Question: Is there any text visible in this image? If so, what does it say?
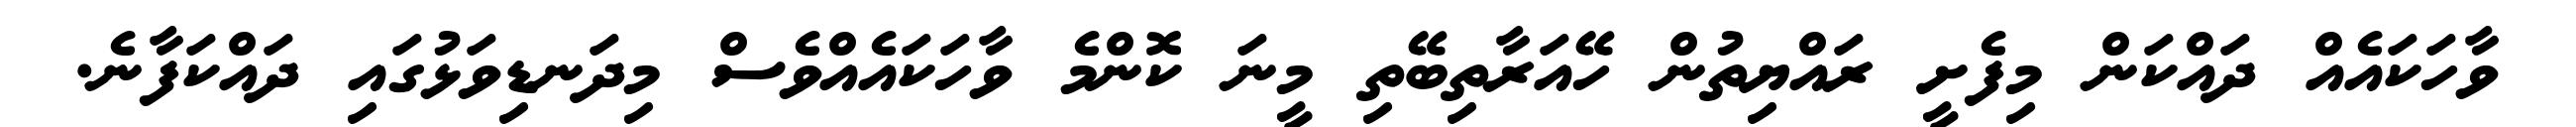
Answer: ވާހަކައެއް ދައްކަން މިފެށީ ރައްޔިތުން ހޭއަރާތިބޭތި މީނަ ކޮންމެ ވާހަކައެއްވެސް މިދަނޑިވަޅުގައި ދައްކަފާނެ.